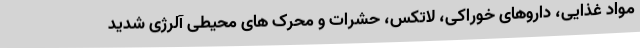
مواد غذایی، داروهای خوراکی، لاتکس، حشرات و محرک های محیطی آلرژی شدید